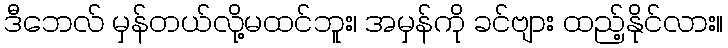
ဒီဘေလ် မှန်တယ်လို့မထင်ဘူး၊ အမှန်ကို ခင်ဗျား ထည့်နိုင်လား။